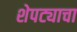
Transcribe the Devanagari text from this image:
शेपट्याचा